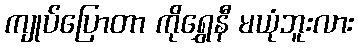
ကျုပ်ပြောတာ ကိုရွှေနီ မယုံဘူးလား